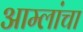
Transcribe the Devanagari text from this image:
आम्लांचा